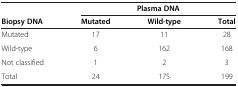
<table><thead><tr><td><b> </b></td><td colspan="3"><b>Plasma DNA</b></td></tr><tr><td><b>Biopsy DNA</b></td><td><b>Mutated</b></td><td><b>Wild-type</b></td><td><b>Total</b></td></tr></thead><tbody><tr><td>Mutated</td><td>17</td><td>11</td><td>28</td></tr><tr><td>Wild-type</td><td>6</td><td>162</td><td>168</td></tr><tr><td>Not classified</td><td>1</td><td>2</td><td>3</td></tr><tr><td>Total</td><td>24</td><td>175</td><td>199</td></tr></tbody></table>